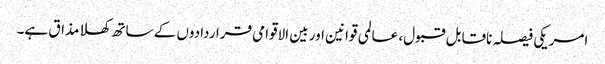
امریکی فیصلہ ناقابل قبول، عالمی قوانین اور بین الاقوامی قراردادوں کے ساتھ کھلا مذاق ہے۔